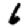
Digit: 6